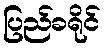
ပြည်ခရိုင်